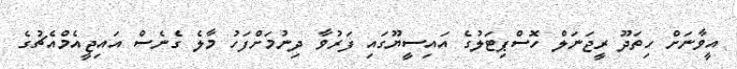
އީވާނަށް ހިތަދޫ ރީޖަނަލް ހޮސްޕިޓަލުގެ އައިސީޔޫގައި ފަރުވާ ދިނުމަށްފަހު މާލެ ގެނެސް އައިޖީއެމްއެޗުގެ